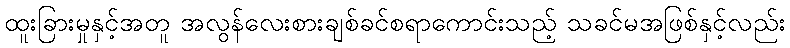
ထူးခြားမှုနှင့်အတူ အလွန်လေးစားချစ်ခင်စရာကောင်းသည့် သခင်မအဖြစ်နှင့်လည်း